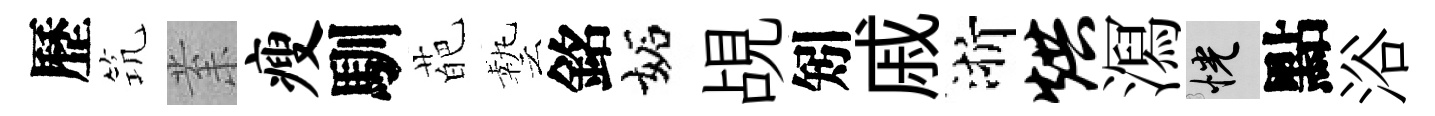
歷𥬑𭪙瘦馴葩藝銘妬覘矧戚浙烘㵼恍點浴